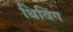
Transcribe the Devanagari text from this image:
थिविंग